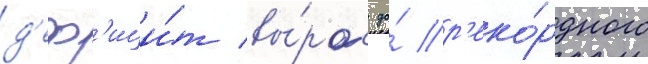
д'еф'ици́т вы́рос до́ р'еко́рдного